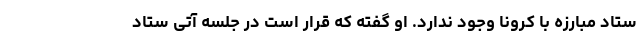
ستاد مبارزه با کرونا وجود ندارد. او گفته که قرار است در جلسه آتی ستاد